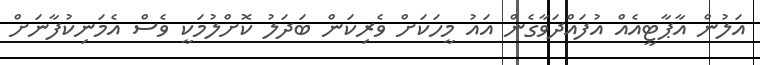
އަލުން އާޕާޓީއެއް އުފައްދަވާގެން އައު މީހަކަށް ވެރިކަން ބަދަލު ކޮށްލުމަކީ ވެސް އެމަނިކުފާނަށް